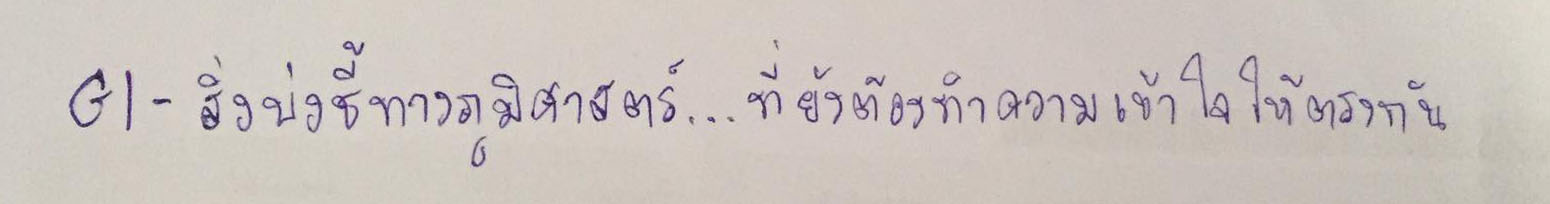
GI-สิ่งบ่งชี้ทางภูมิศาสตร์...ที่ยังต้องทำความเข้าใจให้ตรงกัน